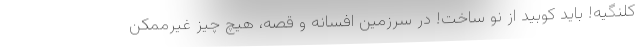
کلنگیه! باید کوبید از نو ساخت! در سرزمین افسانه و قصه، هیچ چیز غیرممکن